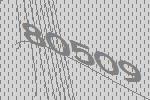
80509